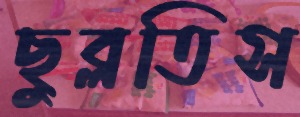
ছুব্‌লতিস